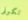
تكونى